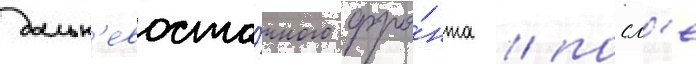
дальн'евосто́чного фро́нта / посл'е